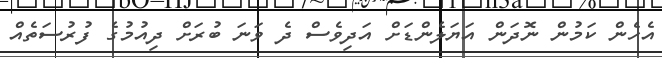
އެހެން ކަމުން ނޮދަން އަޔަލެންޑަށް އަދިވެސް ދެ ވަނަ ބުރަށް ދިއުމުގެ ފުރުސަތެއް